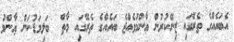
އެބައެއްގެ ތެރޭގައި ޒިނޭކުރުން ޢާންމުވެއްޖެ ބައެއްގެ ތެރޭގައި މާތް  ބަލިމަޑުކަން ޢާންމު